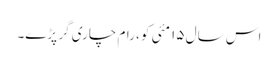
اس سال ۱۵ مئی کو، رام چاری گر پڑے۔